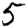
Digit: 5